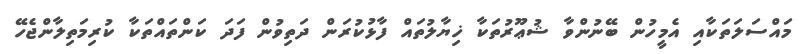
މައްސަލަތަކާއި އެމީހުން ބޭނުންވާ ޝުޢޫރުތަކާ ޚިޔާލުތައް ފާޅުކުރަން ދަތިވުން ފަދަ ކަންތައްތަކާ ކުރިމަތިލާންޖެހޭ